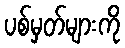
ပစ်မှတ်များကို